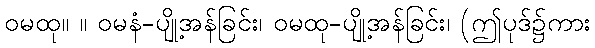
ဝမထု။ ။ ဝမနံ-ပျို့အန်ခြင်း၊ ဝမထု-ပျို့အန်ခြင်း၊ (ဤပုဒ်၌ကား